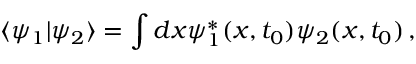
\langle \psi _ { 1 } \vert \psi _ { 2 } \rangle = \int d x \psi _ { 1 } ^ { * } ( x , t _ { 0 } ) \psi _ { 2 } ( x , t _ { 0 } ) \, ,